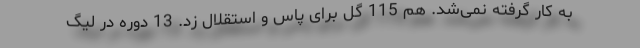
به کار گرفته نمی‌شد. هم 115 گل برای پاس و استقلال زد. 13 دوره در لیگ